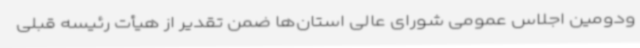
‌ودومین اجلاس عمومی شورای عالی استان‌ها ضمن تقدیر از هیأت رئیسه قبلی